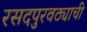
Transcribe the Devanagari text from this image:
रसदपुरवठ्याची